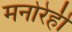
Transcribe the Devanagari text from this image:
मनोरेही